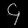
Digit: ၄